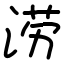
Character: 涝